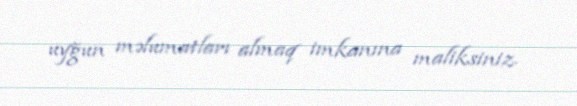
uyğun məlumatları almaq imkanına maliksiniz.